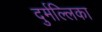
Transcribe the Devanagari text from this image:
दुर्मल्लिका